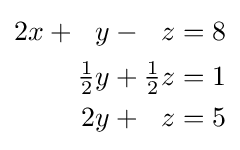
{\begin{alignedat}{4}2x&{}+{}&y&{}-{}&z&{}={}&8&\\&&{\tfrac {1}{2}}y&{}+{}&{\tfrac {1}{2}}z&{}={}&1&\\&&2y&{}+{}&z&{}={}&5&\end{alignedat}}